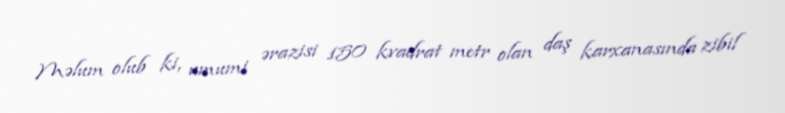
Məlum olub ki, umumi ərazisi 150 kvadrat metr olan daş karxanasında zibil